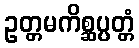
ဥတ္တမကိစ္ဆပ္ပတ္တံ